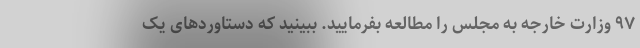
۹۷ وزارت خارجه به مجلس را مطالعه بفرمایید. ببینید که دستاوردهای یک